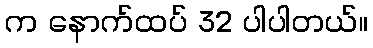
က နောက်ထပ် 32 ပါပါတယ်။